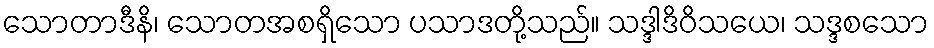
သောတာဒီနိ၊ သောတအစရှိသော ပသာဒတို့သည်။ သဒ္ဒါဒိဝိသယေ၊ သဒ္ဒစသော